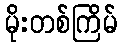
မိုးတစ်ကြိမ်